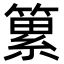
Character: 䉂